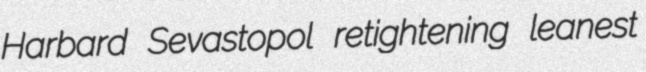
Harbard Sevastopol retightening leanest